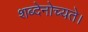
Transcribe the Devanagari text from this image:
शब्देनोच्यते।